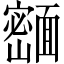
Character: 𬰢